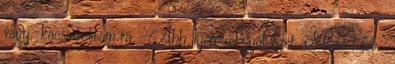
vagy.-kacsintottam rá. -Áhh ilyen "Igyál vizet, Maia fizet "